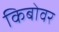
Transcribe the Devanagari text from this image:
किबोवर